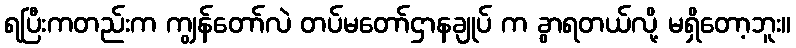
ရပြီးကတည်းက ကျွန်တော်လဲ တပ်မတော်ဌာနချုပ် က ခွာရတယ်လို့ မရှိတော့ဘူး။